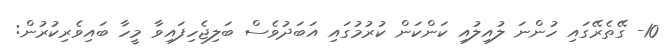
10- ގޭތެރޭގައި ހުންނަ ލުއިލުއި ކަންކަން ކުރުމުގައި އަބަދުވެސް ބަލިޖެހިފައިވާ މީހާ ބައިވެރިކުރުން: